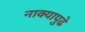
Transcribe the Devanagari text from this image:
नाक्‍यापुढे